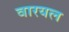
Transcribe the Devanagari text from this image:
वारयल